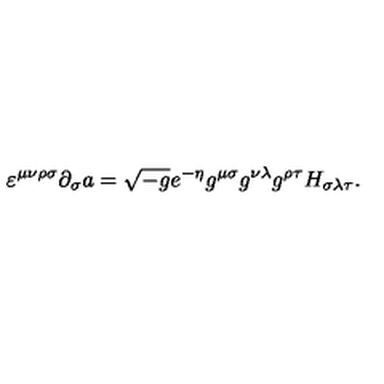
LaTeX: \varepsilon ^ { \mu \nu \rho \sigma } \partial _ { \sigma } a = \sqrt { - g } e ^ { - \eta } g ^ { \mu \sigma } g ^ { \nu \lambda } g ^ { \rho \tau } H _ { \sigma \lambda \tau } .